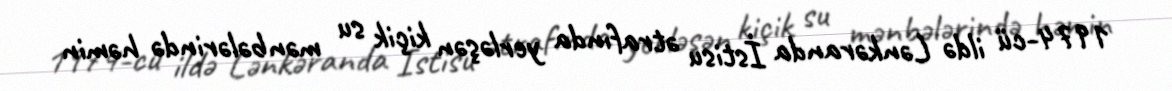
1974-cü ildə Lənkəranda İstisu ətrafında yerləşən kiçik su mənbələrində həmin